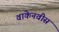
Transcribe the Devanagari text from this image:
वाकेनवीस